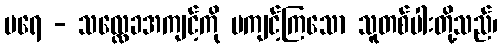
ပရေ - သလ္လေခအကျင့်ကို မကျင့်ကြသော သူတစ်ပါးတို့သည်၊